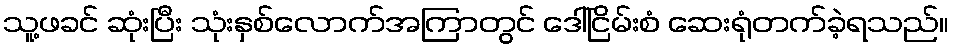
သူ့ဖခင် ဆုံးပြီး သုံးနှစ်လောက်အကြာတွင် ဒေါ်ငြိမ်းစံ ဆေးရုံတက်ခဲ့ရသည်။